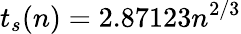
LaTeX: t_{s}(n)=2.87123n^{2/3}